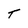
Character: T